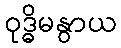
ဝုဒ္ဓိမနွာယ